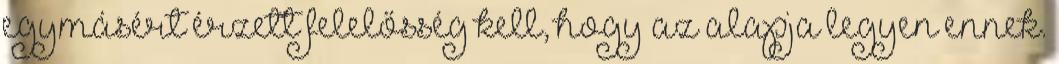
egymásért érzett felelősség kell, hogy az alapja legyen ennek.